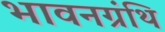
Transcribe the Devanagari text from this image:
भावनग्रंथि